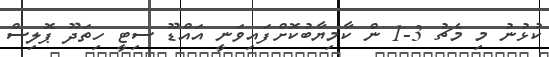
ކުޅުނު މި މެޗު 3-1 ން ކާމިޔާބުކޮށްފައިވަނީ އައްޑޫ ސިޓީ ހިތަދޫ ޕޮލިސް